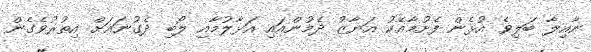
ނާއިލާ ބަލިވެ އުޅެން ފެށުމާއެކު އަޔާޒު ދެމުންއައި އަޅާލުމާއި ލޯބި ދެގުނައަށް އިތުރުވެގެން